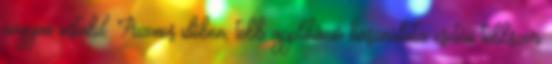
nagyon instabil. Azonos időben, több applikáció használata esetén többször